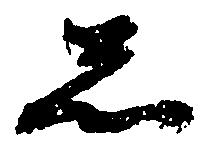
忩